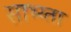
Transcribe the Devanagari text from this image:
साभ्य्ता